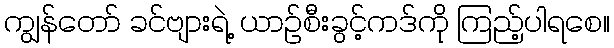
ကျွန်တော် ခင်ဗျားရဲ့ ယာဉ်စီးခွင့်ကဒ်ကို ကြည့်ပါရစေ။